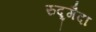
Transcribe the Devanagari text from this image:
रुद्र्गैदा